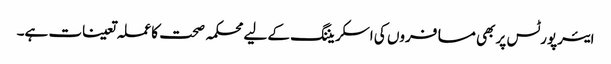
ایئرپورٹس پر بھی مسافروں کی اسکریننگ کے لیے محکمہ صحت کا عملہ تعینات ہے۔